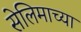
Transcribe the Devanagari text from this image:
सेलिमाच्या